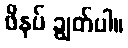
ဖိနပ် ချွတ်ပါ။